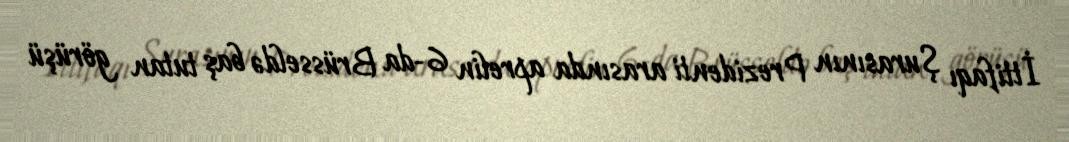
İttifaqı Şurasının Prezidenti arasında aprelin 6-da Brüsseldə baş tutan görüşü